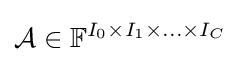
{\mathcal {A}}\in {\mathbb {F} }^{I_{0}\times I_{1}\times \ldots \times I_{C}}